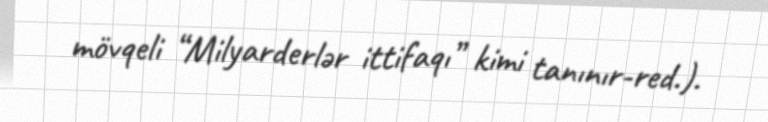
mövqeli “Milyarderlər ittifaqı” kimi tanınır-red.).